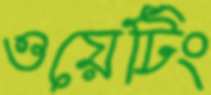
ওয়েটিং